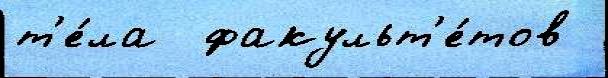
т'е́ла  факульт'е́тов